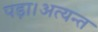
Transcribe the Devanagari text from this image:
पड़ा।अत्यन्त